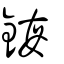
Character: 鋂